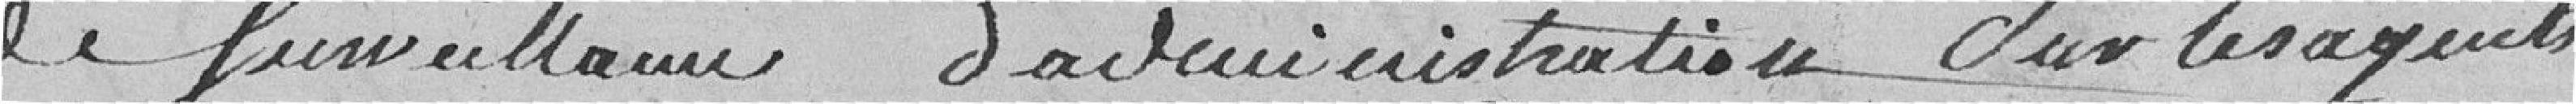
de surveillance d'administration sur les agents.